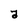
Character: a